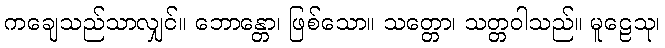
ကချေသည်သာလျှင်။ ဘောန္တော၊ ဖြစ်သော။ သတ္တော၊ သတ္တဝါသည်။ မူဠေသု၊